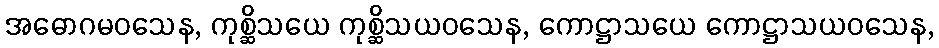
အဓောဂမဝသေန, ကုစ္ဆိသယေ ကုစ္ဆိသယဝသေန, ကောဋ္ဌာသယေ ကောဋ္ဌာသယဝသေန,